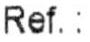
REF. :